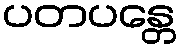
ပတပန္တေ